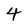
Character: 4